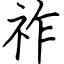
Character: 祚